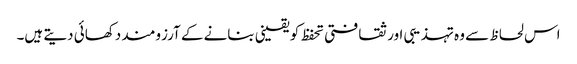
اس لحاظ سے وہ تہذیبی اور ثقافتی تحفظ کو یقینی بنانے کے آرزومند دکھائی دیتے ہیں۔